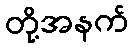
တို့အနက်